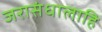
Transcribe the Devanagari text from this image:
जरासंधालाहि